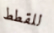
للقطط